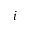
i